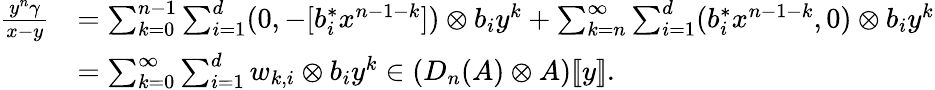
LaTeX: \begin{array}{rl}{\frac{y^{n}\gamma}{x-y}}&{=\sum_{k=0}^{n-1}\sum_{i=1}^{d}(0,-[b_{i}^{*}x^{n-1-k}])\otimes b_{i}y^{k}+\sum_{k=n}^{\infty}\sum_{i=1}^{d}(b_{i}^{*}x^{n-1-k},0)\otimes b_{i}y^{k}}\\ &{=\sum_{k=0}^{\infty}\sum_{i=1}^{d}w_{k,i}\otimes b_{i}y^{k}\in(D_{n}(A)\otimes A)[\! [y]\! ].}\end{array}